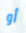
أو